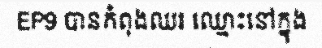
EP9 បានកំពុងឈរ ឈ្មោះនៅក្នុង